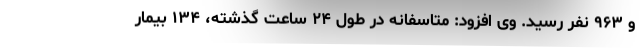
و ۹۶۳ نفر رسید. وی افزود: متاسفانه در طول ۲۴ ساعت گذشته، ۱۳۴ بیمار